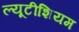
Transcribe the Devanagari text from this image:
ल्यूटीशियम